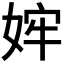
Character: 𫰴